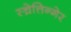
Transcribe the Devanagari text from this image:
स्च्रेत्तिन्गेर